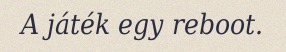
A játék egy reboot.